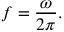
f = { \frac { \omega } { 2 \pi } } .